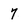
Character: 7